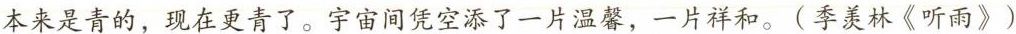
本来是青的，现在更青了。宇宙间凭空添了一片温馨，一片祥和。{季羡林《听雨》〉